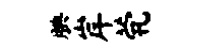
腆岸茕